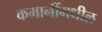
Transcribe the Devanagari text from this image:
कमानींमधील